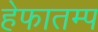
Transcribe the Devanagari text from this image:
हेफातम्प